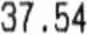
37.54